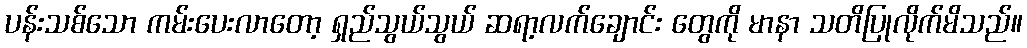
ပန်းသစ်သော ကမ်းပေးလာတော့ ရှည်သွယ်သွယ် ဆရာ့လက်ချောင်း တွေကို မာနာ သတိပြုလိုက်မိသည်။